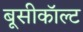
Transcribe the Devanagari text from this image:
बूसीकॉल्ट